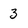
Character: 3